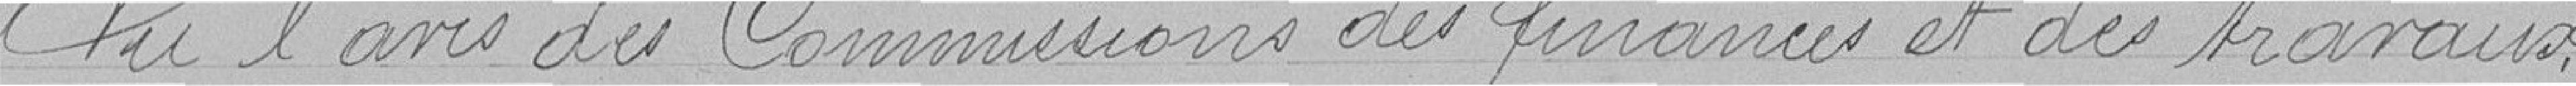
Vu l'avis des Commissions des fiances et des travaux